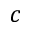
c